Code of medical and sanitary regulations for the guidance of medical officers serving in the Madras Presidency - Volume I
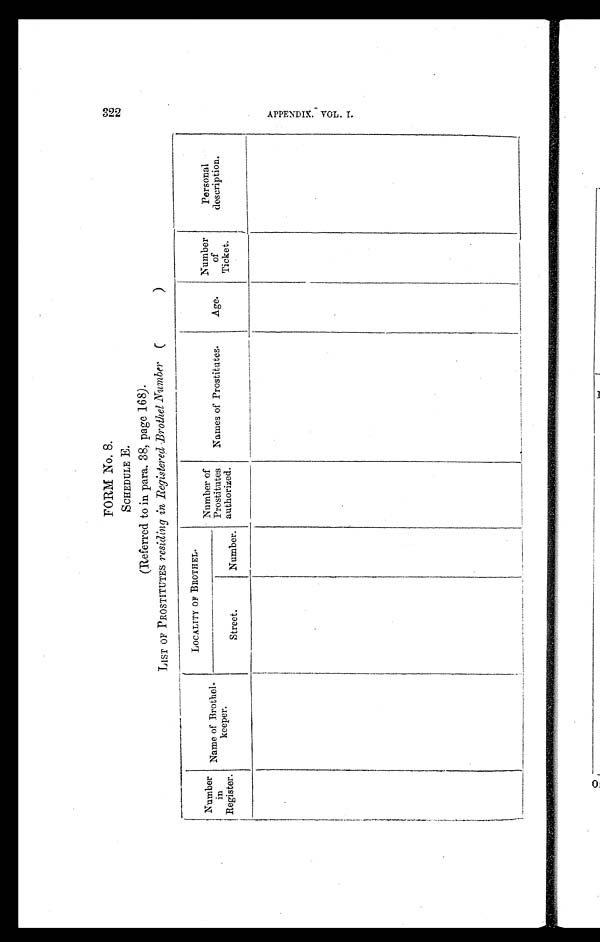
FORM No. 8.
SCHEDULE E.
(Referred to in para. 38, page 168).
LIST OF PROSTITUTES residing in Registered Brothel Number ( )
N u m b e r
in
Register.
N a m e o f B r o t h e l -
keeper.
LOCALITY OF BROTHEL.
Number of
Prostitutes
authorized.
Names of Prostitutes.
Age.
Number
of
Ticket.
Personal
description.
Street.
Number.
322 A P P E N D I X V O L . I .